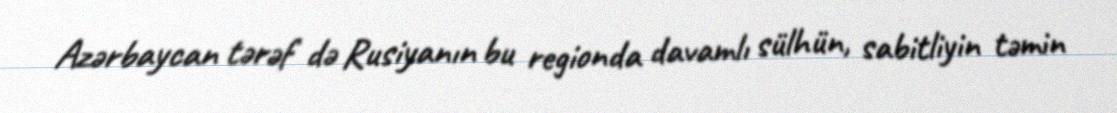
Azərbaycan tərəf də Rusiyanın bu regionda davamlı sülhün, sabitliyin təmin